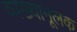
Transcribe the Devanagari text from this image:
व्यख्यामूलक